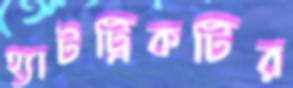
হ্যাটট্রিকটির